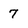
Character: 7